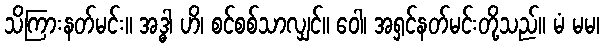
သိကြားနတ်မင်း။ အဒ္ဓါ ဟိ၊ စင်စစ်သာလျှင်။ ဝေါ၊ အရှင်နတ်မင်းတို့သည်။ မံ မမ၊